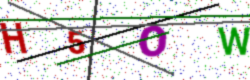
Text: H5OW